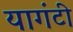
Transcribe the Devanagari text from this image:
यागंटी